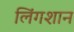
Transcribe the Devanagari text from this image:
लिंगशान